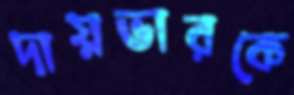
দায়ভারকে